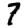
Digit: 7